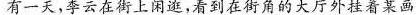
有一天，李云在街上闲逛，看到在街角的大厅挂着某画